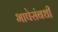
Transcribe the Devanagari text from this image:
भाषेसंबधीं